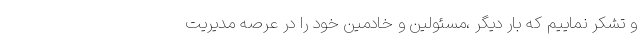
و تشکر نماییم که بار دیگر ،مسئولین و خادمین خود را در عرصه مدیریت